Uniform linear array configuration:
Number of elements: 4
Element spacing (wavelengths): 0.5
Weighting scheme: blackman
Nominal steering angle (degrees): -15
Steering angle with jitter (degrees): -13.3
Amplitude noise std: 0.05
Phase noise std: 0.05

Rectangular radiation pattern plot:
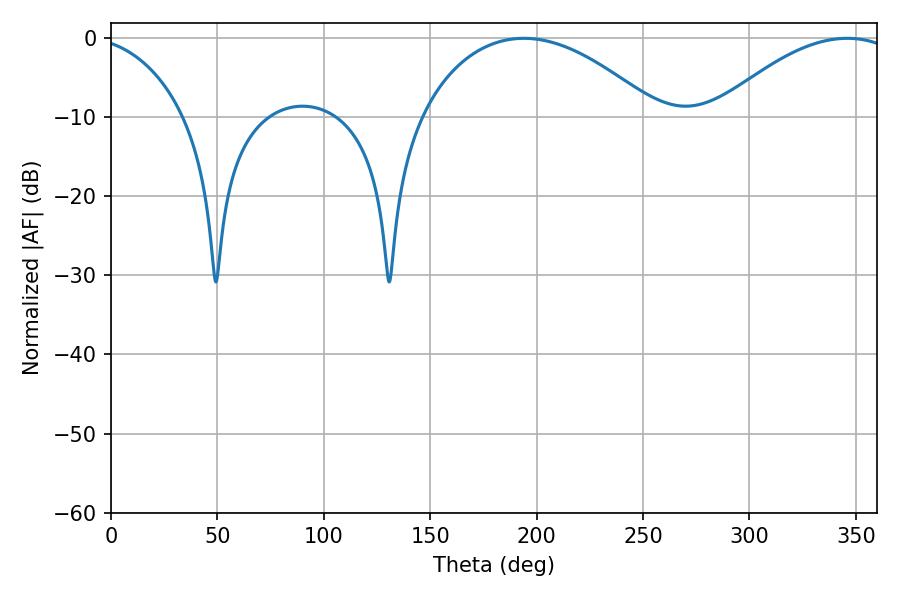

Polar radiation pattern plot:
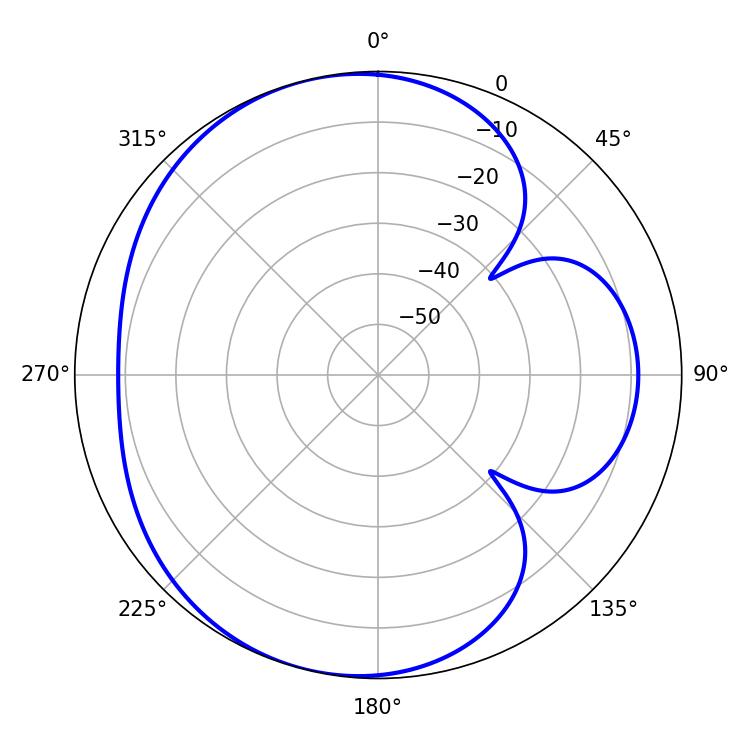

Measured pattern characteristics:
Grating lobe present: FALSE
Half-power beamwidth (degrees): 62.82
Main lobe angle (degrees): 194.04